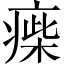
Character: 㾹